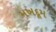
મખદૂમ